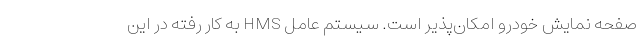
صفحه نمایش خودرو امکان‌پذیر است. سیستم عامل HMS به کار رفته در این